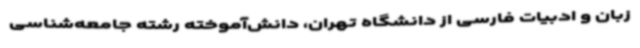
زبان و ادبیات فارسی از دانشگاه تهران، دانش‌آموخته رشته جامعه‌شناسی